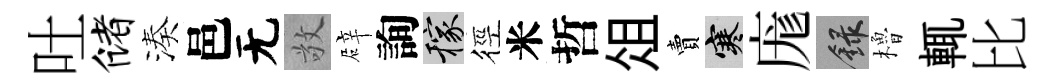
吐储湊邑无敬辟詢稼徑米哲俎賣寒庬録櫓輒比